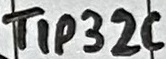
Text: TIP32C